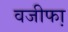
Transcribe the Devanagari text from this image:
वजीफा़